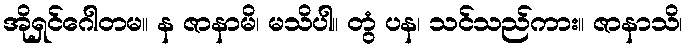
အိုရှင်ဂေါတမ။ န ဇာနာမိ၊ မသိပါ။ တွံ ပန၊ သင်သည်ကား။ ဇာနာသိ၊